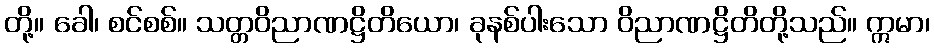
တို့။ ခေါ၊ စင်စစ်။ သတ္တဝိညာဏဋ္ဌိတိယော၊ ခုနစ်ပါးသော ဝိညာဏဋ္ဌိတိတို့သည်။ ဣမာ၊